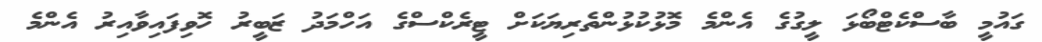
ގައުމީ ބާސްކެޓްބޯޅަ ލީގުގެ އެންމެ މޮޅުކުޅުންތެރިޔަކަށް ޓީރެކްސްގެ އަހްމަދު ޒަބީރު ހޮވިފައިވާއިރު އެންމެ